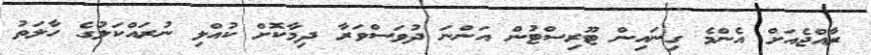
ރާއްޖެއަށް އެންމެ ގިނައިން ޓޫރިސްޓުން އަންނަ ދުވަސްވަރާ ދިމާކޮށް ކުއްލި ނުރައްކަލުގެ ހާލަތު